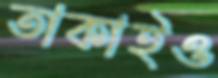
তাকাইও